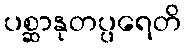
ပစ္ဆာနုတပ္ပရေတိ